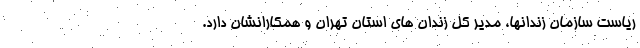
ریاست سازمان زندانها، مدیر کل زندان های استان تهران و همکارانشان دارد.